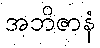
အဘိဇာနံ